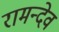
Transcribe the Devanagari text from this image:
रामन्देव